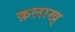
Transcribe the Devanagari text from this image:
क़लाख्‌